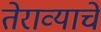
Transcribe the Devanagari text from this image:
तेराव्याचे